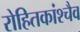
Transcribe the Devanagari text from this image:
रोहितकांश्चैव